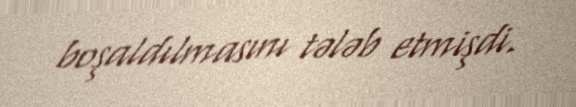
boşaldılmasını tələb etmişdi.